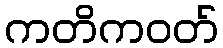
ကတိကဝတ်